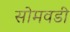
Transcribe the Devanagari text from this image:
सोमवडी